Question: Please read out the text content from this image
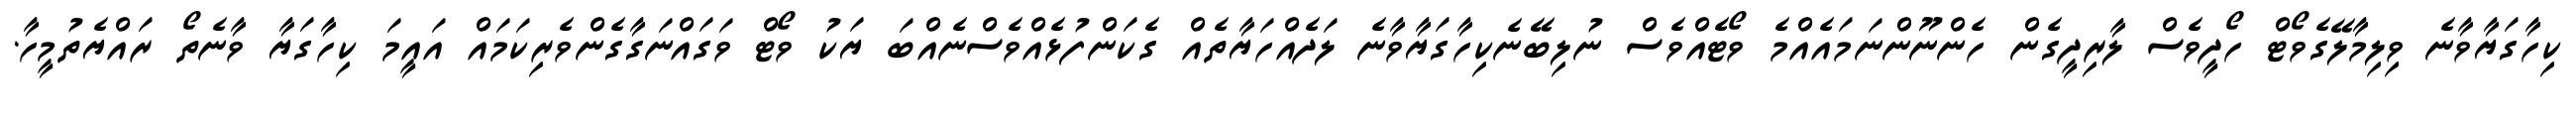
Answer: ކިހާގަޔާވާނެ ވިލިމާލޭގެވޯޓް ހޯދީވެސް ލާރިދީގެން ހެންނޫންނަމައެއްމެ ވޯޓެއްވެސް ނުލިބޭނެކިހާގަޔާވާނެ ލަދެއްހަޔާތެއް ގެކަންފުޅެއްވެސްނެއްބަ ޔަކު ވޯޓް ވަގައްނަގާގެންވެރިކަމައް އައީމަ ކިހާގަޔާ ވާނެތޯ ރައްޔެތުމީހާ.